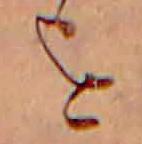
を